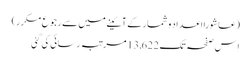
(عاشورا اعداد و شمار کے آئینے میں سے رجوع مکرر)
اِس صفحہ تک 13,622 مرتبہ رسائی کی گئی